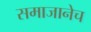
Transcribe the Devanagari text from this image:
समाजानेच